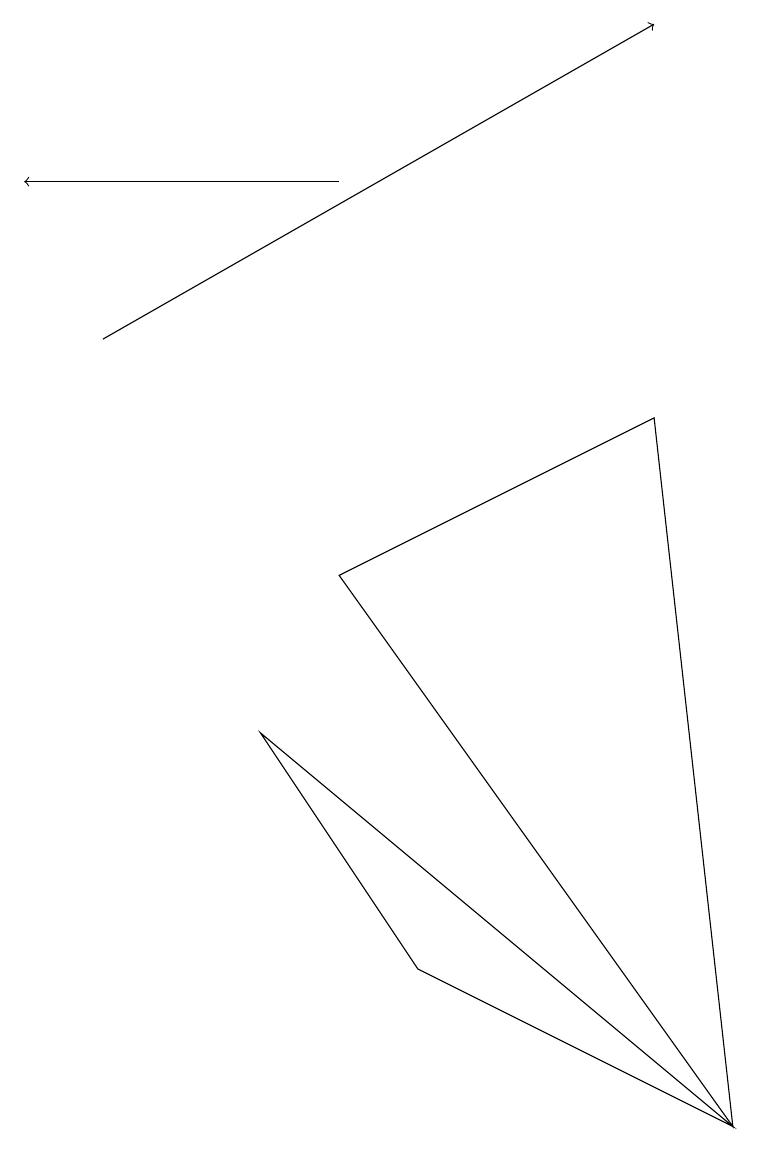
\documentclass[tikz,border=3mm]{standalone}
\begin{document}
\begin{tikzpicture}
\draw[->] (1,10) -- (8,14);
\draw (5,2) -- (3,5) -- (9,0) -- cycle;
\draw (4,7) -- (8,9) -- (9,0) -- cycle;
\draw[->] (4,12) -- (0,12);
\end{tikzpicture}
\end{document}